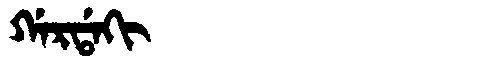
Manchu: ᡤᠠᡵᡩᠠᡴᡳ
Romanization: GARDAKI